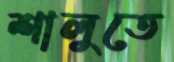
শালুতে